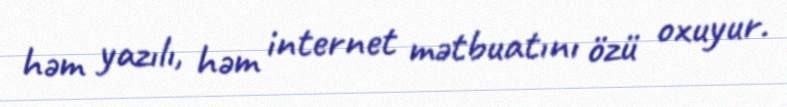
həm yazılı, həm internet mətbuatını özü oxuyur.